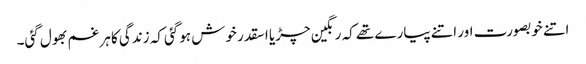
اتنے خوبصورت اور اتنے پیارے تھے کہ رنگین چڑیا اسقدر خوش ہوگئی کہ زندگی کا ہر غم بھول گئی۔